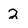
Character: 2